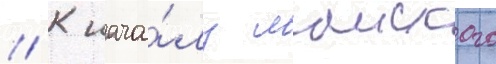
// К нача́лу маиского